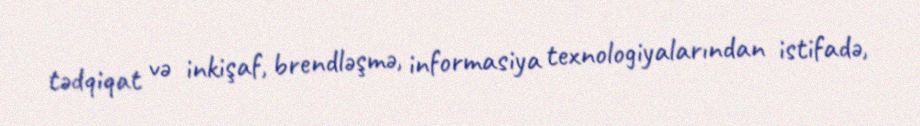
tədqiqat və inkişaf, brendləşmə, informasiya texnologiyalarından istifadə,